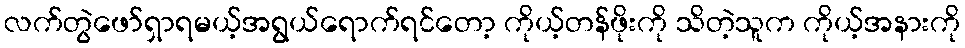
လက်တွဲဖော်ရှာရမယ့်အရွယ်ရောက်ရင်တော့ ကိုယ့်တန်ဖိုးကို သိတဲ့သူက ကိုယ့်အနားကို